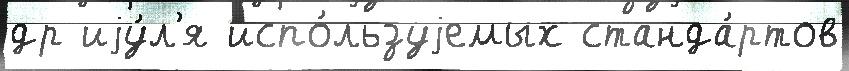
др иjу́л'я испо́льзуjемых станда́ртов